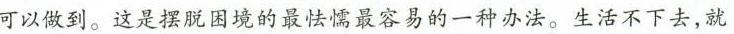
可以做到。这是摆脱困境的最怯懦最容易的一种办法。生活不下去，就